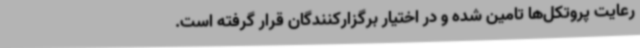
رعایت پروتکل‌ها تامین شده و در اختیار برگزارکنندگان قرار گرفته است.